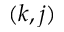
( k , j )